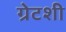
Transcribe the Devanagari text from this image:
ग्रेटशी